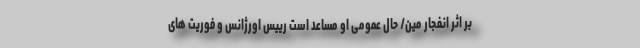
بر اثر انفجار مین/ حال عمومی او مساعد است رییس اورژانس و فوریت های